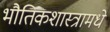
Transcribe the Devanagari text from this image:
भौतिकशास्त्रामधे